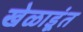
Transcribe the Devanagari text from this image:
खेळाडूंत